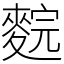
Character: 䴷